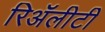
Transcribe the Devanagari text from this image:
रिॲलीटी